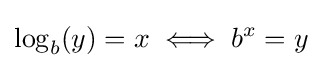
\log _{b}(y)=x\iff b^{x}=y